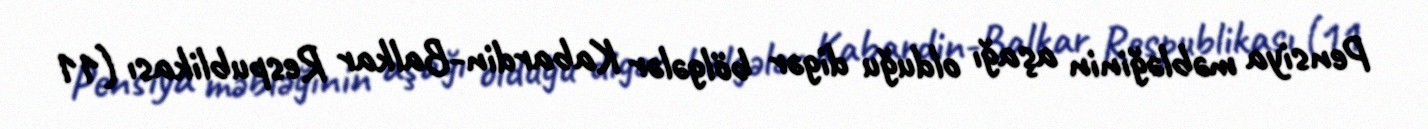
Pensiya məbləğinin aşağı olduğu digər bölgələr Kabardin-Balkar Respublikası (11